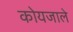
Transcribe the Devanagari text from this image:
कोयजाले